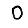
Digit: 0